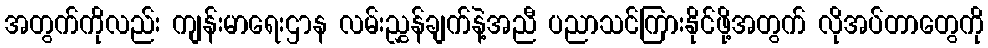
အတွက်ကိုလည်း ကျန်းမာရေးဌာန လမ်းညွှန်ချက်နဲ့အညီ ပညာသင်ကြားနိုင်ဖို့အတွက် လိုအပ်တာတွေကို